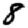
Digit: 8